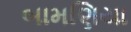
બામણિયા